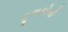
ફૂલકોબી